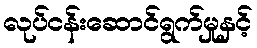
လုပ်ငန်းဆောင်ရွက်မှုနှင့်